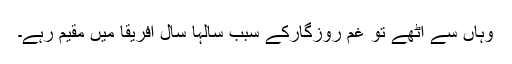
وہاں سے اٹھے تو غم روزگارکے سبب سالہا سال افریقا میں مقیم رہے۔